Vaccination in Burma 1889-1999 - 1889-1999
Year: 1889
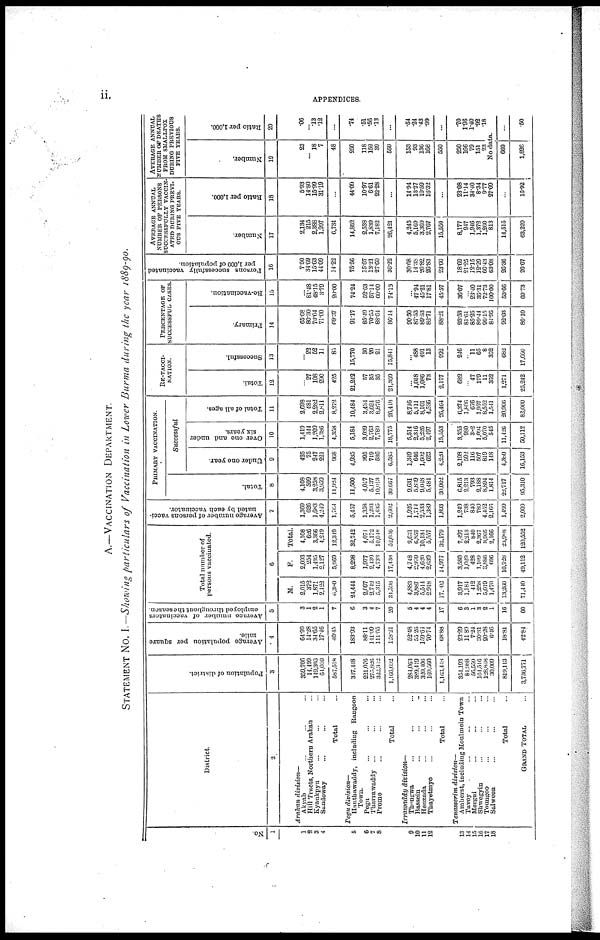
ii.
APPENDICES.
A.—VACCINATION DEPARTMENT.
STATEMENT No. I.—Showing particulars of Vaccination in Lower Burma during the year 1889-90.
No.
1
1
2
3
4
5
6
7
8
9
10
11
12
13
14
15
16
17
18
District.
2
Arakan
division—
Akyab ... ... ...
Hill Tracts, Northern Arakan ...
Kyaukpyu ... ... ...
Sundoway ... ... ...
Total ...
Pegu
division—
Hanthawaddy, including Rangoon
Town.
Pegu ... ... ...
Tharrawaddy
... ... ...
Prome ... ... ...
Total ...
Irrawaddy
division—
Thongwa ... ... ...
Bassein ... ... ...
Henzada ... ... ...
Thayetmyo ... ... ...
Total ...
Tenasserim
division—
Amherst, including Moulmein Town
Tavoy ... ... ...
Mergui ... ... ...
Shwegyin ... ... ...
Toungoo ... ... ...
Salween ... ... ...
Total ...
GRAND TOTAL ...
Population of district.
3
359,706
14,199
149,303
64,010
587,518
347,448
221,076
275,826
322,342
1,166,692
284,063
389,419
320,406
169,560
1,163,443
354,193
84,988
56,559
164,516
128,848
30,009
819,113
3,736,771
Average population per square
mile.
4
64.99
14.28
34.65
17.46
40.45
183.93
88.11
141.09
111.65
128.21
52.48
55.26
159.64
70.74
68.88
23.29
11.89
7.24
30.31
20.28
6.46
18.81
42.84
Average
number of vaccinators
employed throughout the season.
5
3
1
2
1
7
6
3
4
7
20
5
4
4
4
17
6
3
1
3
2
1
16
60
Total number of
persons vaccinated.
6
M.
2,015
372
1,871
2,122
6,380
24,444
2,097
2,742
5,315
34,598
4,883
3,887
5,514
2,918
17,002
3,917
1,184
412
1,258
5,019
1,470
13,260
71,440
F.
2,093
254
1,495
2,127
5,969
8,298
1,977
2,430
4,733
17,438
4,748
2,970
4,620
2,639
14,977
3,580
1,029
428
1,109
3,886
696
10,728
49,112
Total.
4,108
626
3,366
4,249
12,319
32,742
4,074
5,172
10,018
52,036
9,631
6,857
10,134
5,557
32,179
7,497
2,213
840
2,367
8,905
2,166
23,988
120,552
Average number of persons vacci-
nated by each vaccinator.
7
1,369
626
1,683
4,249
1,764
5,457
1,358
1,293
1,435
2,602
1,926
1,714
2,533
1,389
1,893
1,249
738
840
789
4,452
2,166
1,499
2,009
PRIMARY VACCINATION.
Total.
8
4,108
599
3,258
3,959
11,924
11,500
4,017
5,137
10,013
30,667
9,631
5,839
9,048
5,484
30,002
6,815
2,213
793
2,188
8,894
1,814
22,717
95,310
Successful
Under one year.
9
425
75
247
221
968
4,935
395
719
536
6,585
1,349
646
1,602
623
4,220
2,198
592
116 507
819
148
4,380
16,153
Over one and under
six years.
10
1,419
344
1,209
1,386
4,358
5,184
3,039
2,763
7,789
18,775
5,514
2,316
5,226
2,497
15,553
3,355
980
382
1,094
5,070
545
11,426
50,112
Total of all ages.
11
2,698
481
2,282
2,811
8,272
10,484
3,434
3,624
8,876
26,418
8,716
5,111
8,101
4,536
26,464
6,374
1,806
676
1,957
8,552
1,541
20,906
82,060
RE-VACCI-
NATION.
Total.
12
...
27
108
290
425
21,242
57
35
35
21,369
...
1,018
1,086
73
2,177
682
...
47
179
11
352
1,271
25,242
Successful.
13
...
22
52
11
85
15,770
30
20
21
15,841
... 488
491
13
992
246
...
11
65
8
352
682
17,600
PERCENTAGE OF
SUCCESSFUL CASES.
Primary.
14
65.68
80.30
70.04
71.00
69.37
91.17
85.49
70.55
88.64
86.14
90.50
87.53
89.53
82.71
88.21
93.53
81.61
85.25
89.44
96.15
84.95
92.03
86.10
Re-vaccination.
15
...
81.48
48.15
3.79
20.00
74.24
52.63
57.14
60.00
74.13
...
47.94
45.21
17.81
45.57
36.07
...
23.40
36.31
72.73
100.00
53.66
69.73
Persons successfully vaccinated
per 1,000 of population.
16
7.50
34.69
15.63
44.09
14.22
75.56
15.67
13.21
27.60
36.22
30.68
14.38
26.82
26.83
23.60
18.69
21.25
12.15
12.29
66.43
63.08
26.36
26.67
AVERAGE ANNUAL
NUMBER OF PERSONS
SUCCESSFULLY VACCIN-
ATED DURING PREVI-
OUS FIVE YEARS.
Number.
17
2,134
215
2,388
1,997
6,734
14,862
2,538
1,839
7,182
26,421
4,245
5,169
3,369
2,767
15,550
8,177
947
1,946
1,372
1,260
813
14,515
63,220
Ratio per 1,000.
18
5.93
14.80
15.99
31.19
...
44.09
10.97
6.61
22.28
...
14.94
13.27
10.59
16.32
...
23.08
11.14
34.40
8.34
9.77
27.09
...
16.92
AVERAGE ANNUAL
NUMBER OF DEATHS
FROM SMALLPOX
DURING PREVIOUS
FIVE YEARS.
Number.
19
23
... 18
7
48
250
118
152
39
559
153
93
136
168
550
250
166
79
151
23
Ratio per 1,000.
20
.06
...
.13
.12
...
.74
.51
.56
.13
...
.54
.24
.43
.99
...
.70
1.96
1.40
.92
.18
No data.
669
1,826
...
.50